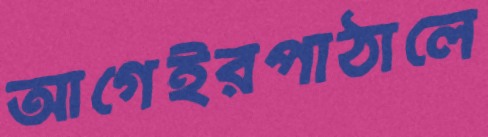
আগেইরপাঠালে